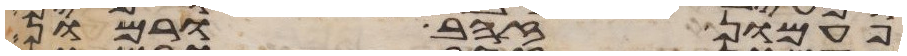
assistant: פעמון זהב ורמון